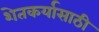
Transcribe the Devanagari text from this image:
शेतकर्यासाठी